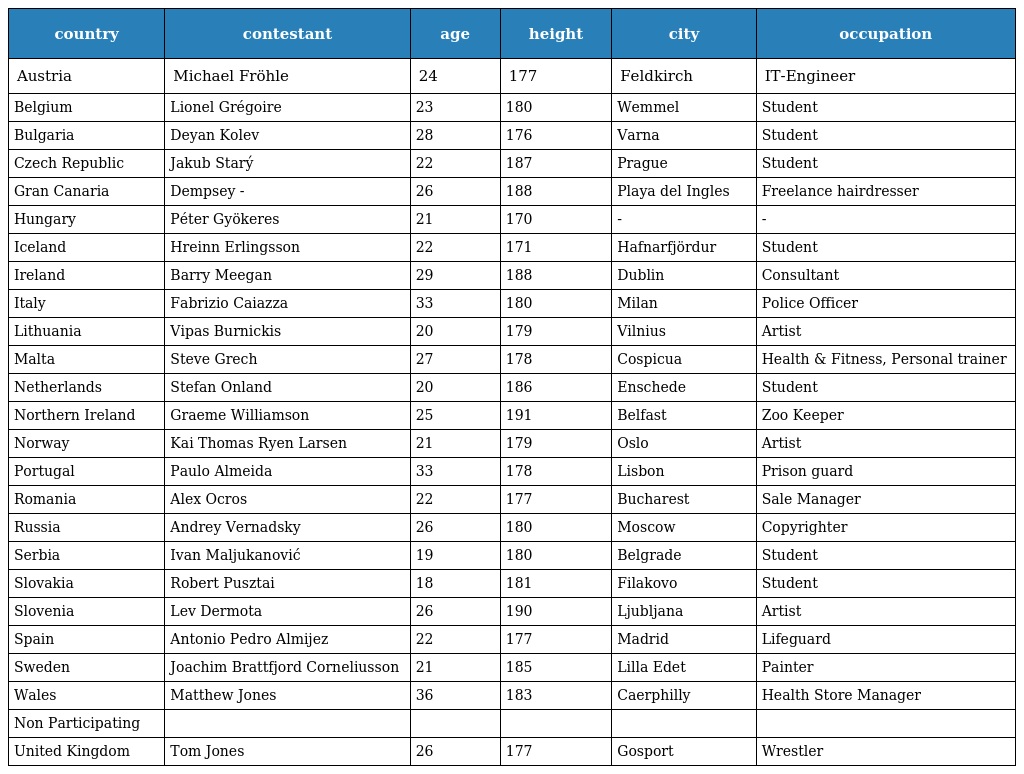
| country | contestant | age | height | city | occupation |
 | --- | --- | --- | --- | --- | --- |
 | Austria | Michael Fröhle | 24 | 177 | Feldkirch | IT-Engineer |
 | Belgium | Lionel Grégoire | 23 | 180 | Wemmel | Student |
 | Bulgaria | Deyan Kolev | 28 | 176 | Varna | Student |
 | Czech Republic | Jakub Starý | 22 | 187 | Prague | Student |
 | Gran Canaria | Dempsey - | 26 | 188 | Playa del Ingles | Freelance hairdresser |
 | Hungary | Péter Gyökeres | 21 | 170 | - | - |
 | Iceland | Hreinn Erlingsson | 22 | 171 | Hafnarfjördur | Student |
 | Ireland | Barry Meegan | 29 | 188 | Dublin | Consultant |
 | Italy | Fabrizio Caiazza | 33 | 180 | Milan | Police Officer |
 | Lithuania | Vipas Burnickis | 20 | 179 | Vilnius | Artist |
 | Malta | Steve Grech | 27 | 178 | Cospicua | Health & Fitness, Personal trainer |
 | Netherlands | Stefan Onland | 20 | 186 | Enschede | Student |
 | Northern Ireland | Graeme Williamson | 25 | 191 | Belfast | Zoo Keeper |
 | Norway | Kai Thomas Ryen Larsen | 21 | 179 | Oslo | Artist |
 | Portugal | Paulo Almeida | 33 | 178 | Lisbon | Prison guard |
 | Romania | Alex Ocros | 22 | 177 | Bucharest | Sale Manager |
 | Russia | Andrey Vernadsky | 26 | 180 | Moscow | Copyrighter |
 | Serbia | Ivan Maljukanović | 19 | 180 | Belgrade | Student |
 | Slovakia | Robert Pusztai | 18 | 181 | Filakovo | Student |
 | Slovenia | Lev Dermota | 26 | 190 | Ljubljana | Artist |
 | Spain | Antonio Pedro Almijez | 22 | 177 | Madrid | Lifeguard |
 | Sweden | Joachim Brattfjord Corneliusson | 21 | 185 | Lilla Edet | Painter |
 | Wales | Matthew Jones | 36 | 183 | Caerphilly | Health Store Manager |
 | Non Participating |  |  |  |  |  |
 | United Kingdom | Tom Jones | 26 | 177 | Gosport | Wrestler |